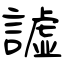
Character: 譃